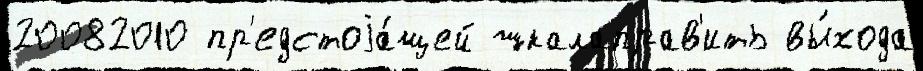
20082010 пр'едстоjа́щей шкалаправ'ить вы́хода